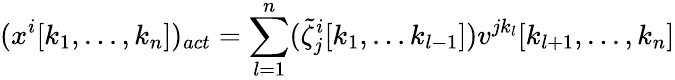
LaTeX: (x^{i}[k_{1},...,k_{n}])_{act}=\sum_{l=1}^{n}(\tilde{\zeta}_{j}^{i}[k_{1},...k_{l-1}])v^{jk_{l}}[k_{l+1},...,k_{n}]